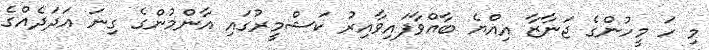
މި ހަ މީހުންގެ ޖަނާޒާ އިއްޔެ ބާއްވާފައިވާއިރު ކަޝްމީރުގައި އާންމުންގެ ގިނަ އަދަދެއްގެ